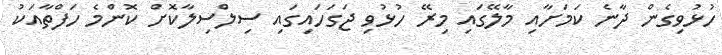
ހުޅުވިގެން ދާނެ ކަމަށާއި މާލޭގައި މިރޭ ހުޅުވި ޖަގަހައިގައި ސިލްސިލާކޮށް ކޮންމެ ހަފްތާއަކު